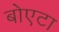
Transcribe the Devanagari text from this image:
बोएटा